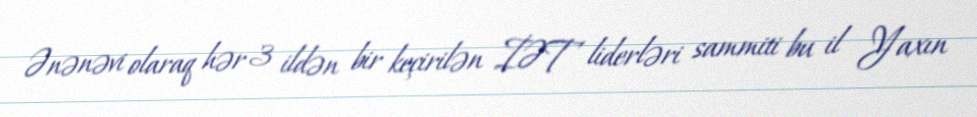
Ənənəvi olaraq hər 3 ildən bir keçirilən İƏT liderləri sammiti bu il Yaxın